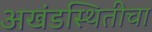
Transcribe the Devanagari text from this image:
अखंडस्थितीचा